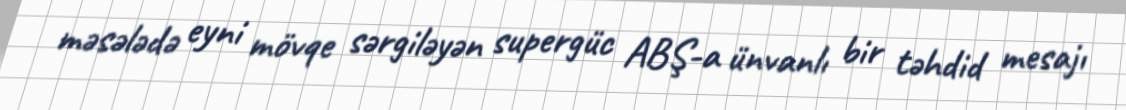
məsələdə eyni mövqe sərgiləyən supergüc ABŞ-a ünvanlı bir təhdid mesajı